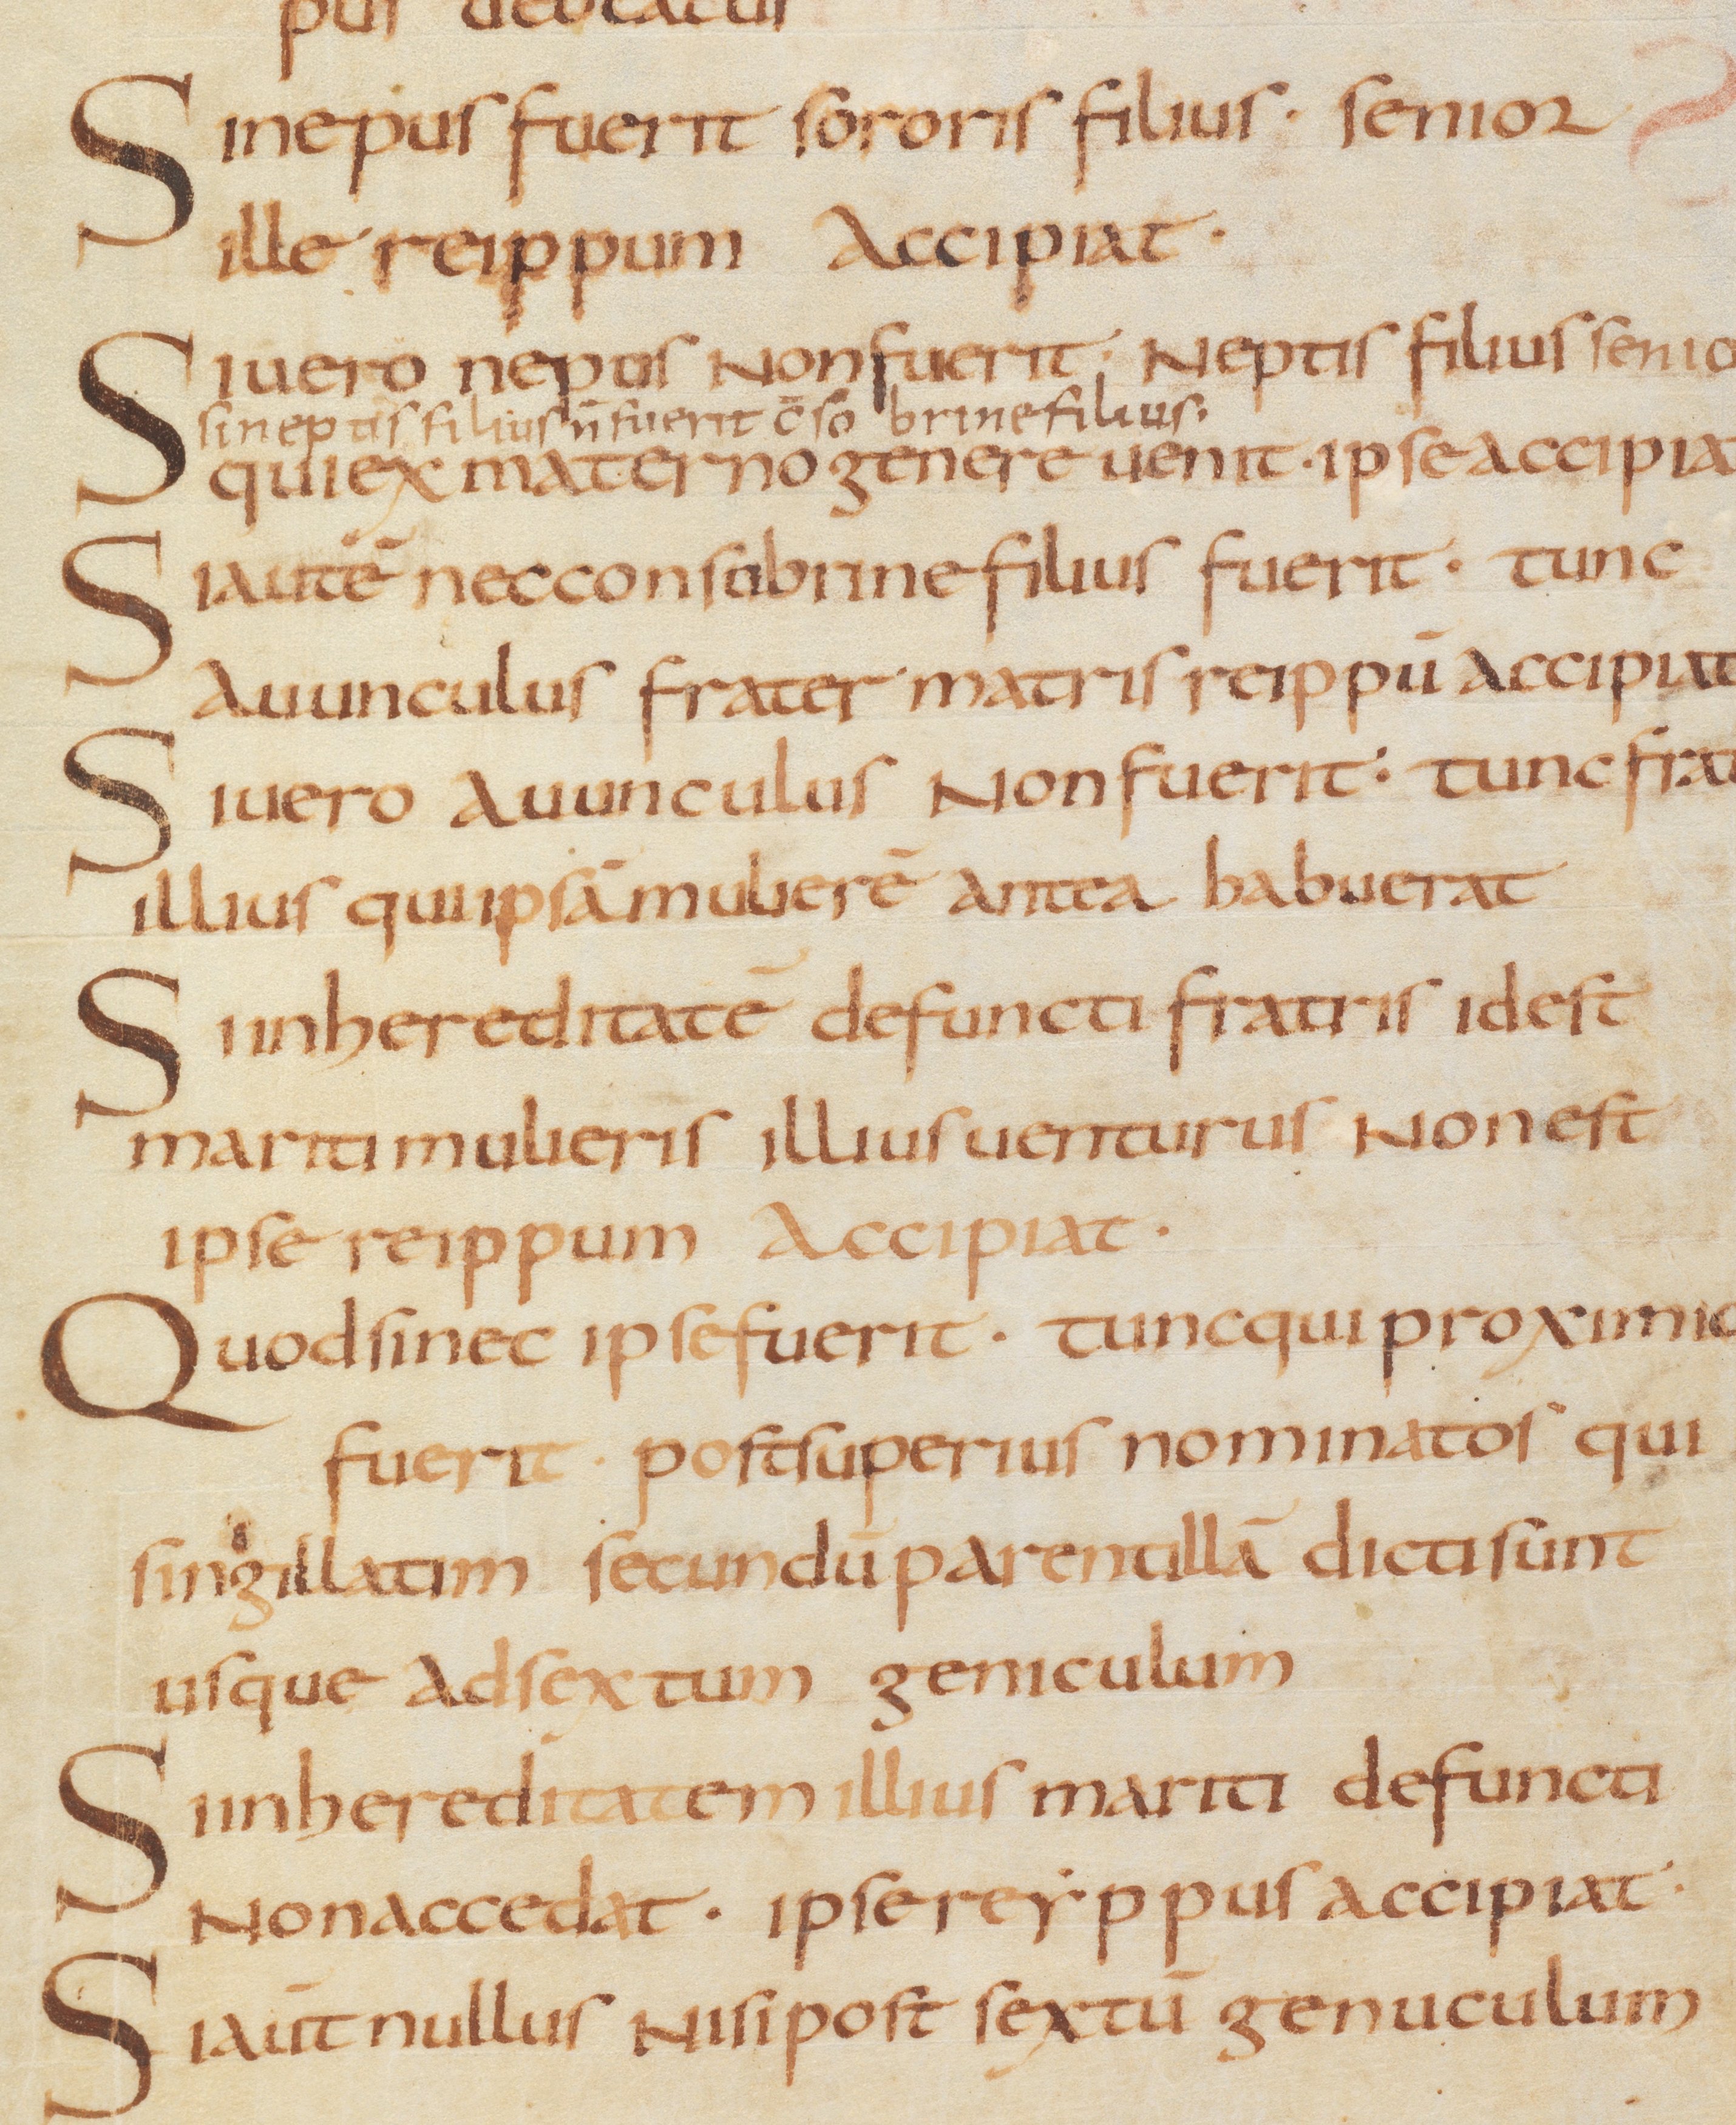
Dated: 875–899